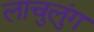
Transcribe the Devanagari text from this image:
लाचुलुंग